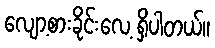
လျော့စားခိုင်းလေ့ ရှိပါတယ်။